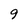
Character: 9